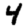
Digit: 4